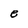
Character: e